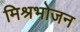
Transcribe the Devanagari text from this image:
मिश्रभोजन